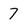
Character: 7